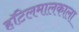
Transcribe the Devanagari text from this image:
हॉटेलमालकाला